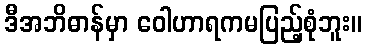
ဒီအဘိဓာန်မှာ ဝေါဟာရကမပြည့်စုံဘူး။